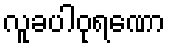
လူခပါဝုရဏော